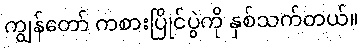
ကျွန်တော် ကစားပြိုင်ပွဲကို နှစ်သက်တယ်။